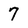
Character: 7